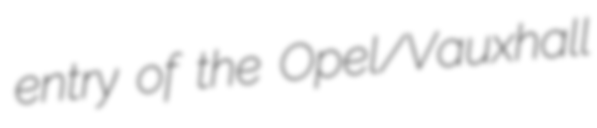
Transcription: entry of the Opel/Vauxhall